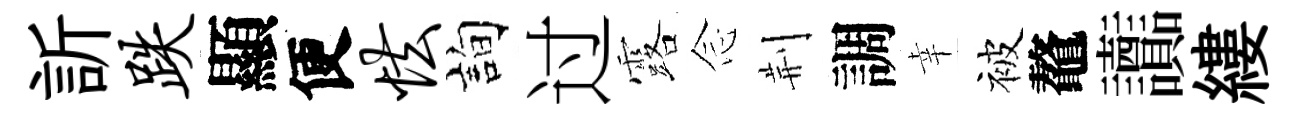
訢跌顯便怯詢过露𫝹荆調幸被鼇讟縷